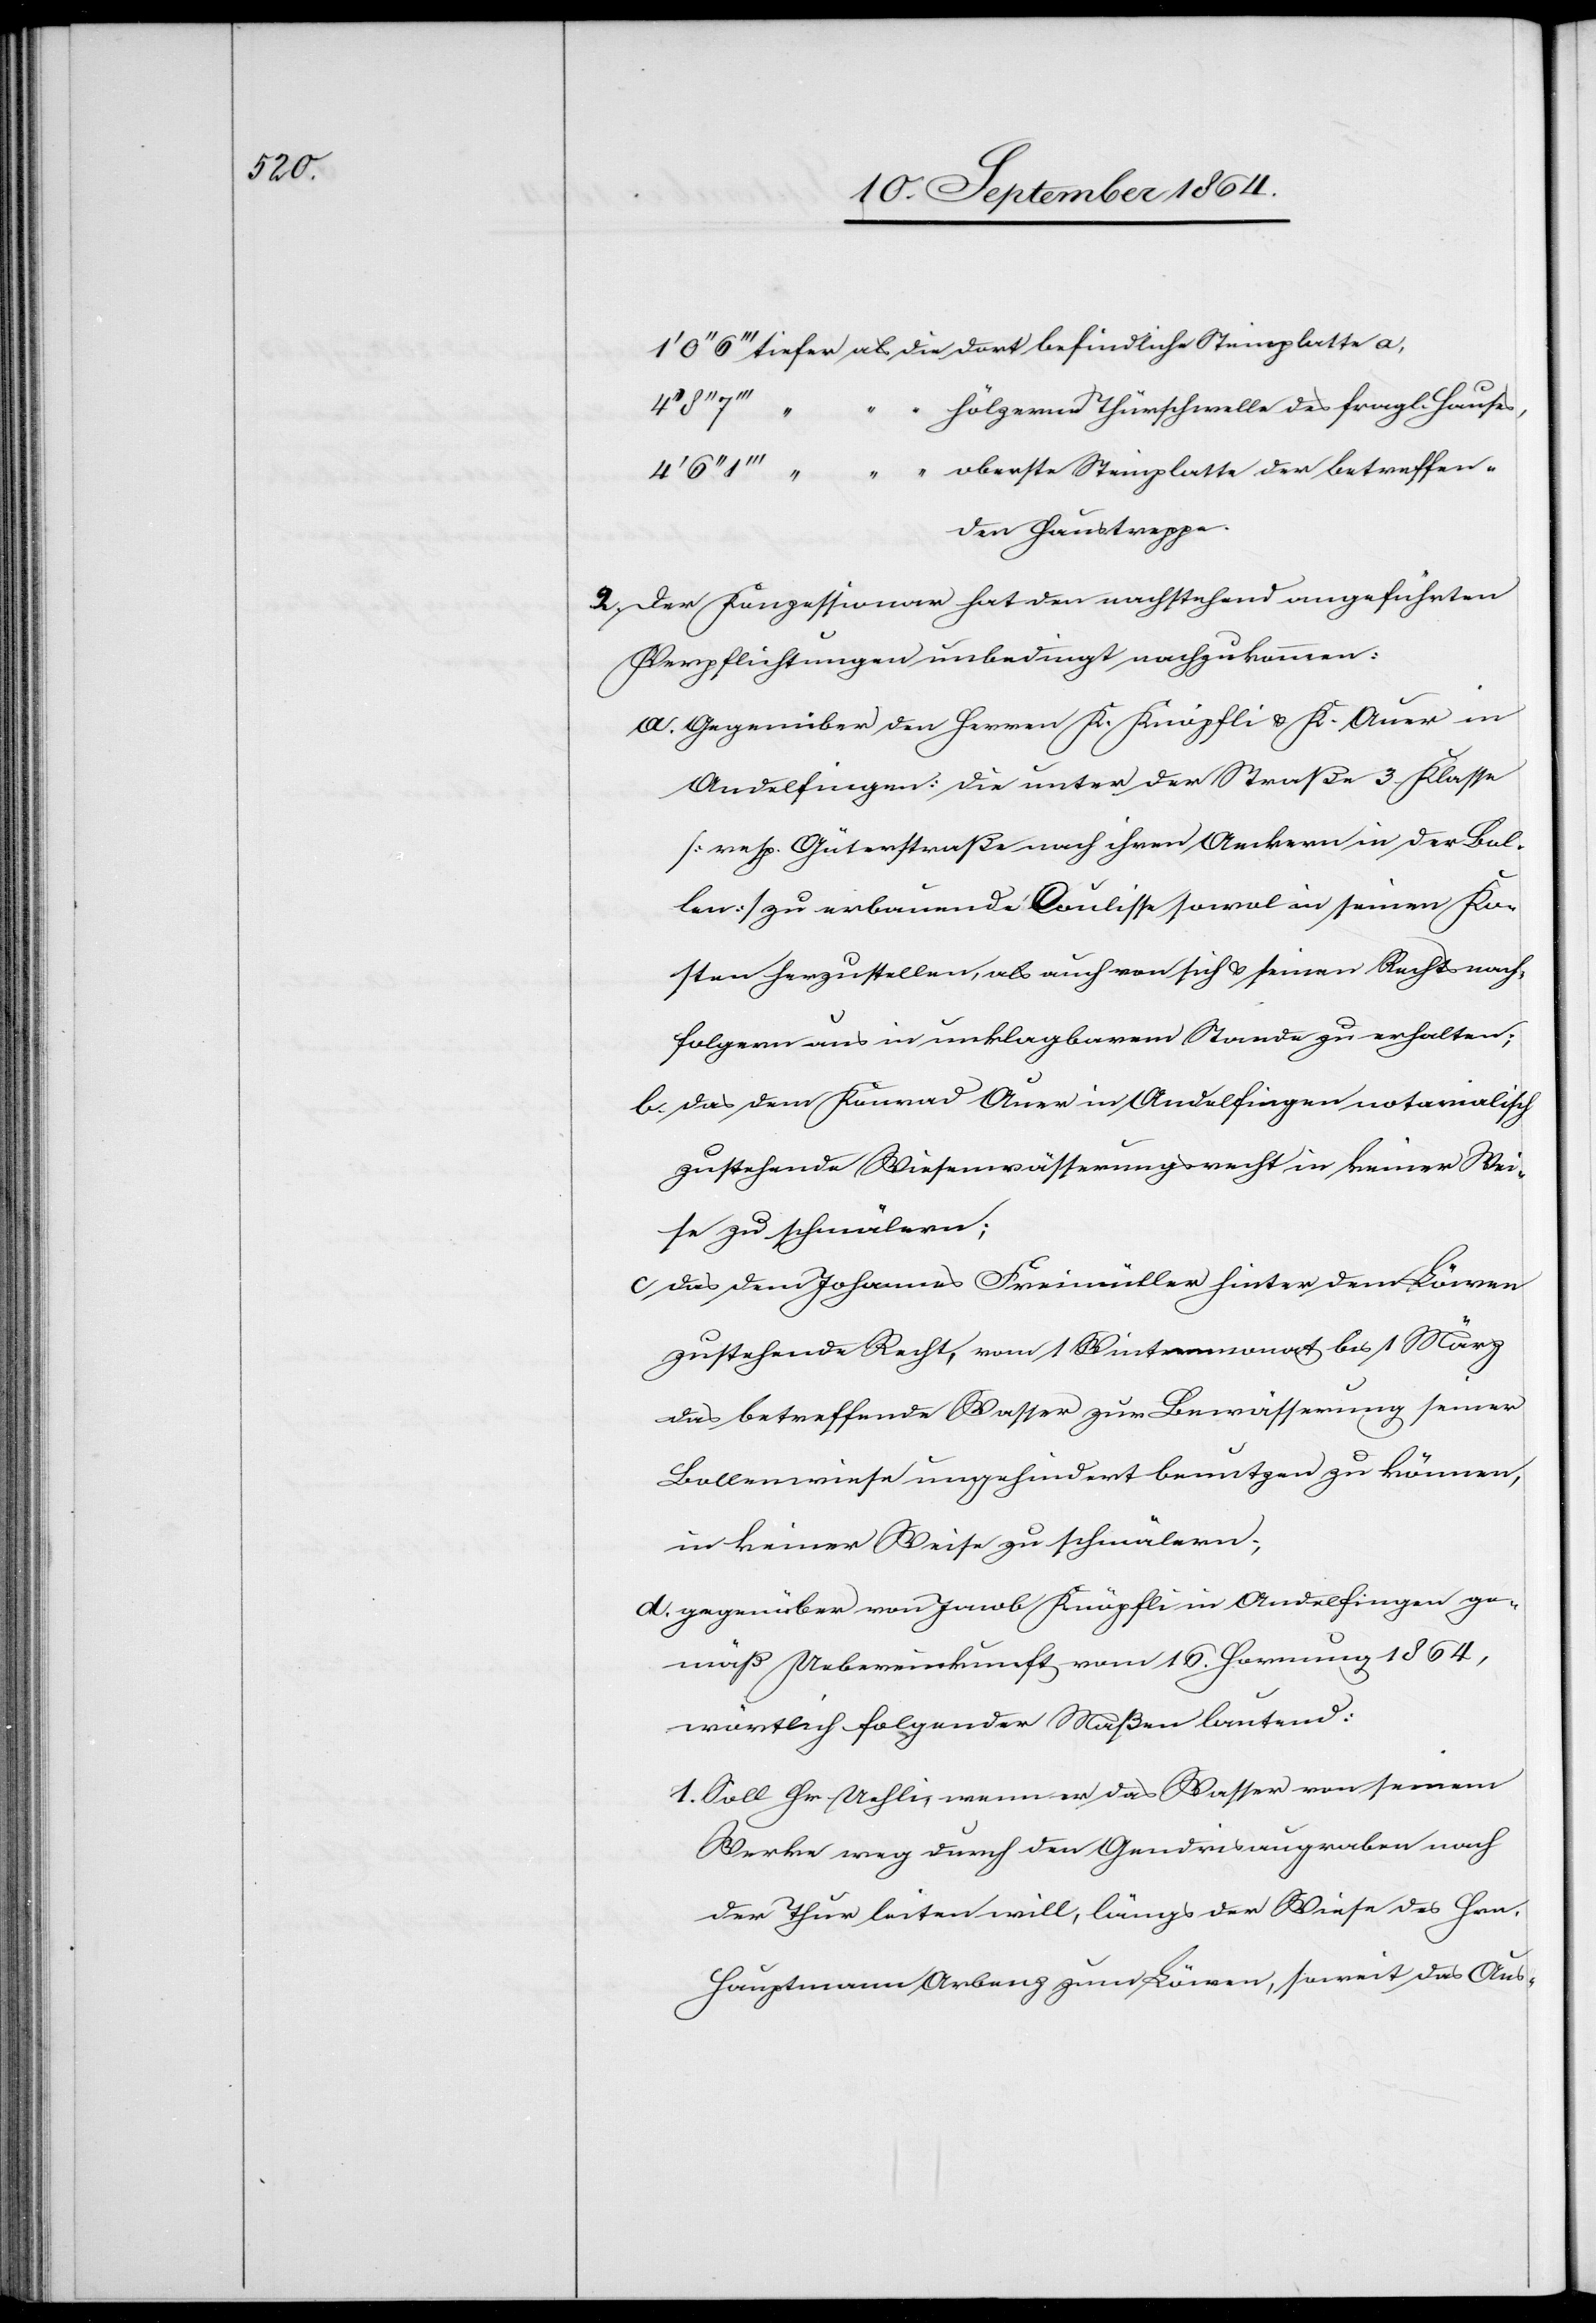
als
Steinplatte
hölzerne Thürschwelle des fragl. Hauses,
oberste Steinplatte der betreffen¬
den Haustreppe.
2. Der Konzessionar hat den nachstehend angeführten
Verpflichtungen unbedingt nachzukommen.
a.	Gegenüber den Herren K. Knöpfli & K. Auer
Andelfingen: die unter der Straße 3. Klasse
[resp. Güterstraße nach ihren Aeckern in der Bol¬
len] zu erbauende Coulisse sowol in seinen Ko¬
sten herzustellen, als auch von sich & seinen Rechtsnach¬
folgern aus in unklagbarem Stande zu erhalten;
b.	das dem Konrad Auer in Andelfingen notarialisch
zustehende Wiesenwässerungsrecht in keiner Wei¬
se zu schmälern;
c.	das dem Johannes Freimüller hinter dem Löwen
zustehende Recht, vom 1. Wintermonat bis 1. März
das betreffende Wasser zur Bewässerung seiner
Bollenwiese ungehindert benutzen zu können,
in keiner Weise zu schmälern;
d.	gegenüber von Jacob Knöpfli in Andelfingen ge¬
mäß Uebereinkunft vom 16. Hornung 1864,
wörtlich folgender Maßen lautend:
1. Soll Hr. Uehli, wenn er das Wasser von seinem
Werke weg durch den Gendrisaugraben nach
der Thur leiten will, längs der Wiese des Hrn.
Hauptmann Arbenz zum Löwen, soweit das Aus-